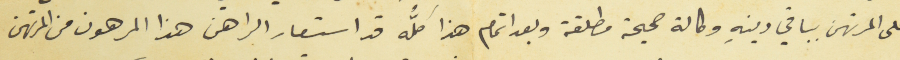
على المرتهن بباقي دينهِ اوكالة صحيحة مطلقة وبعد اتمام هذا كلَّه قد استعار الراهن هذا المرهون من المرتهن